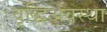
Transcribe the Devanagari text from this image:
वृद्धिअवस्था